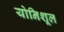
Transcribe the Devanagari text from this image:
योनिशूल